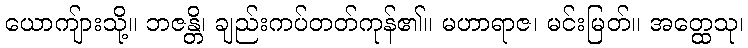
ယောကျ်ားသို့။ ဘဇန္တိ၊ ချည်းကပ်တတ်ကုန်၏။ မဟာရာဇ၊ မင်းမြတ်။ အတ္ထေသု၊